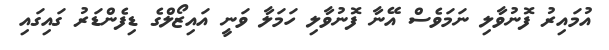
އުމައިރު ފޮނުވާލި ނަމަވެސް އޭނާ ފޮނުވާލި ހަމަލާ ވަނީ އައިޒޯލްގެ ޑިފެންޑަރު ގައިގައި